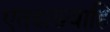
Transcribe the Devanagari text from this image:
एतदाख्याहि